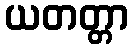
ယတတ္တာ